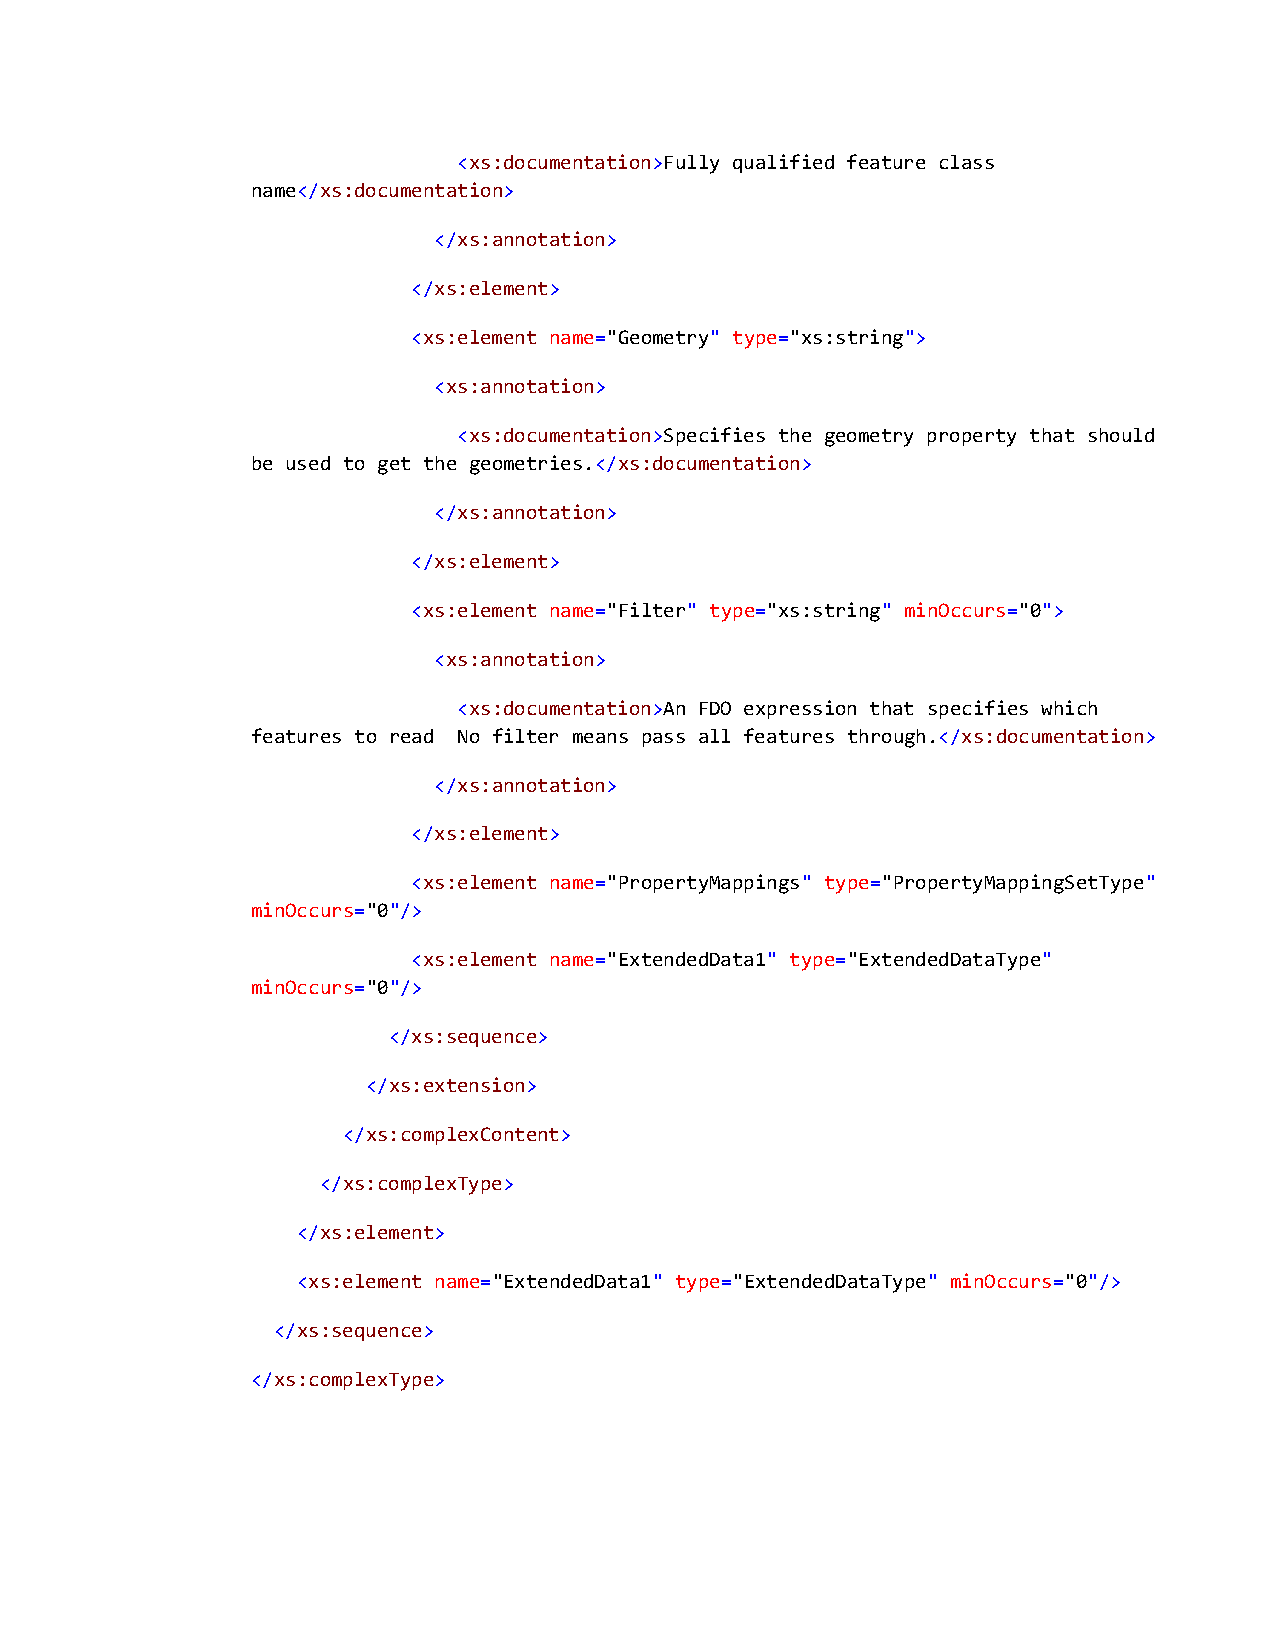
<xs:documentation>Fully qualified feature class
 name</xs:documentation>
 </xs:annotation>
 </xs:element>
 <xs:element name="Geometry" type="xs:string">
 <xs:annotation>
 <xs:documentation>Specifies the geometry property that should
 be used to get the geometries.</xs:documentation>
 </xs:annotation>
 </xs:element>
 <xs:element name="Filter" type="xs:string" minOccurs="0">
 <xs:annotation>
 <xs:documentation>An FDO expression that specifies which
 features to read No filter means pass all features through.</xs:documentation>
 </xs:annotation>
 </xs:element>
 <xs:element name="PropertyMappings" type="PropertyMappingSetType"
 minOccurs="0"/>
 <xs:element name="ExtendedData1" type="ExtendedDataType"
 minOccurs="0"/>
 </xs:sequence>
 </xs:extension>
 </xs:complexContent>
 </xs:complexType>
 </xs:element>
 <xs:element name="ExtendedData1" type="ExtendedDataType" minOccurs="0"/>
 </xs:sequence>
 </xs:complexType>